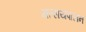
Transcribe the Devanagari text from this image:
मत्सयपालन